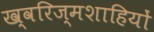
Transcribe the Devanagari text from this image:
ख्वरिज्मशाहियों